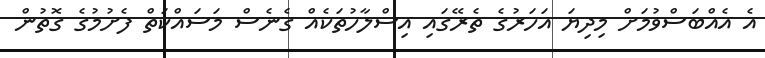
އެ އެއްބަސްވުމަށް މިދިޔަ އަހަރުގެ ތެރޭގައި އިސްލާހުތަކެއް ގެނެސް މަސައްކަތް ފެށުމުގެ ގޮތުން